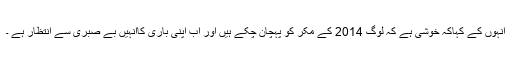
انہوں کے کہاکہ خوشی ہے کہ لوگ 2014 کے مکر کو پہچان چکے ہیں اور اب اپنی باری کاانہیں بے صبری سے انتظار ہے ۔